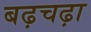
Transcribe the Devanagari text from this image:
बढ़चढ़ा